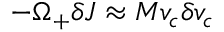
- \Omega _ { + } \delta J \approx M v _ { c } \delta v _ { c }